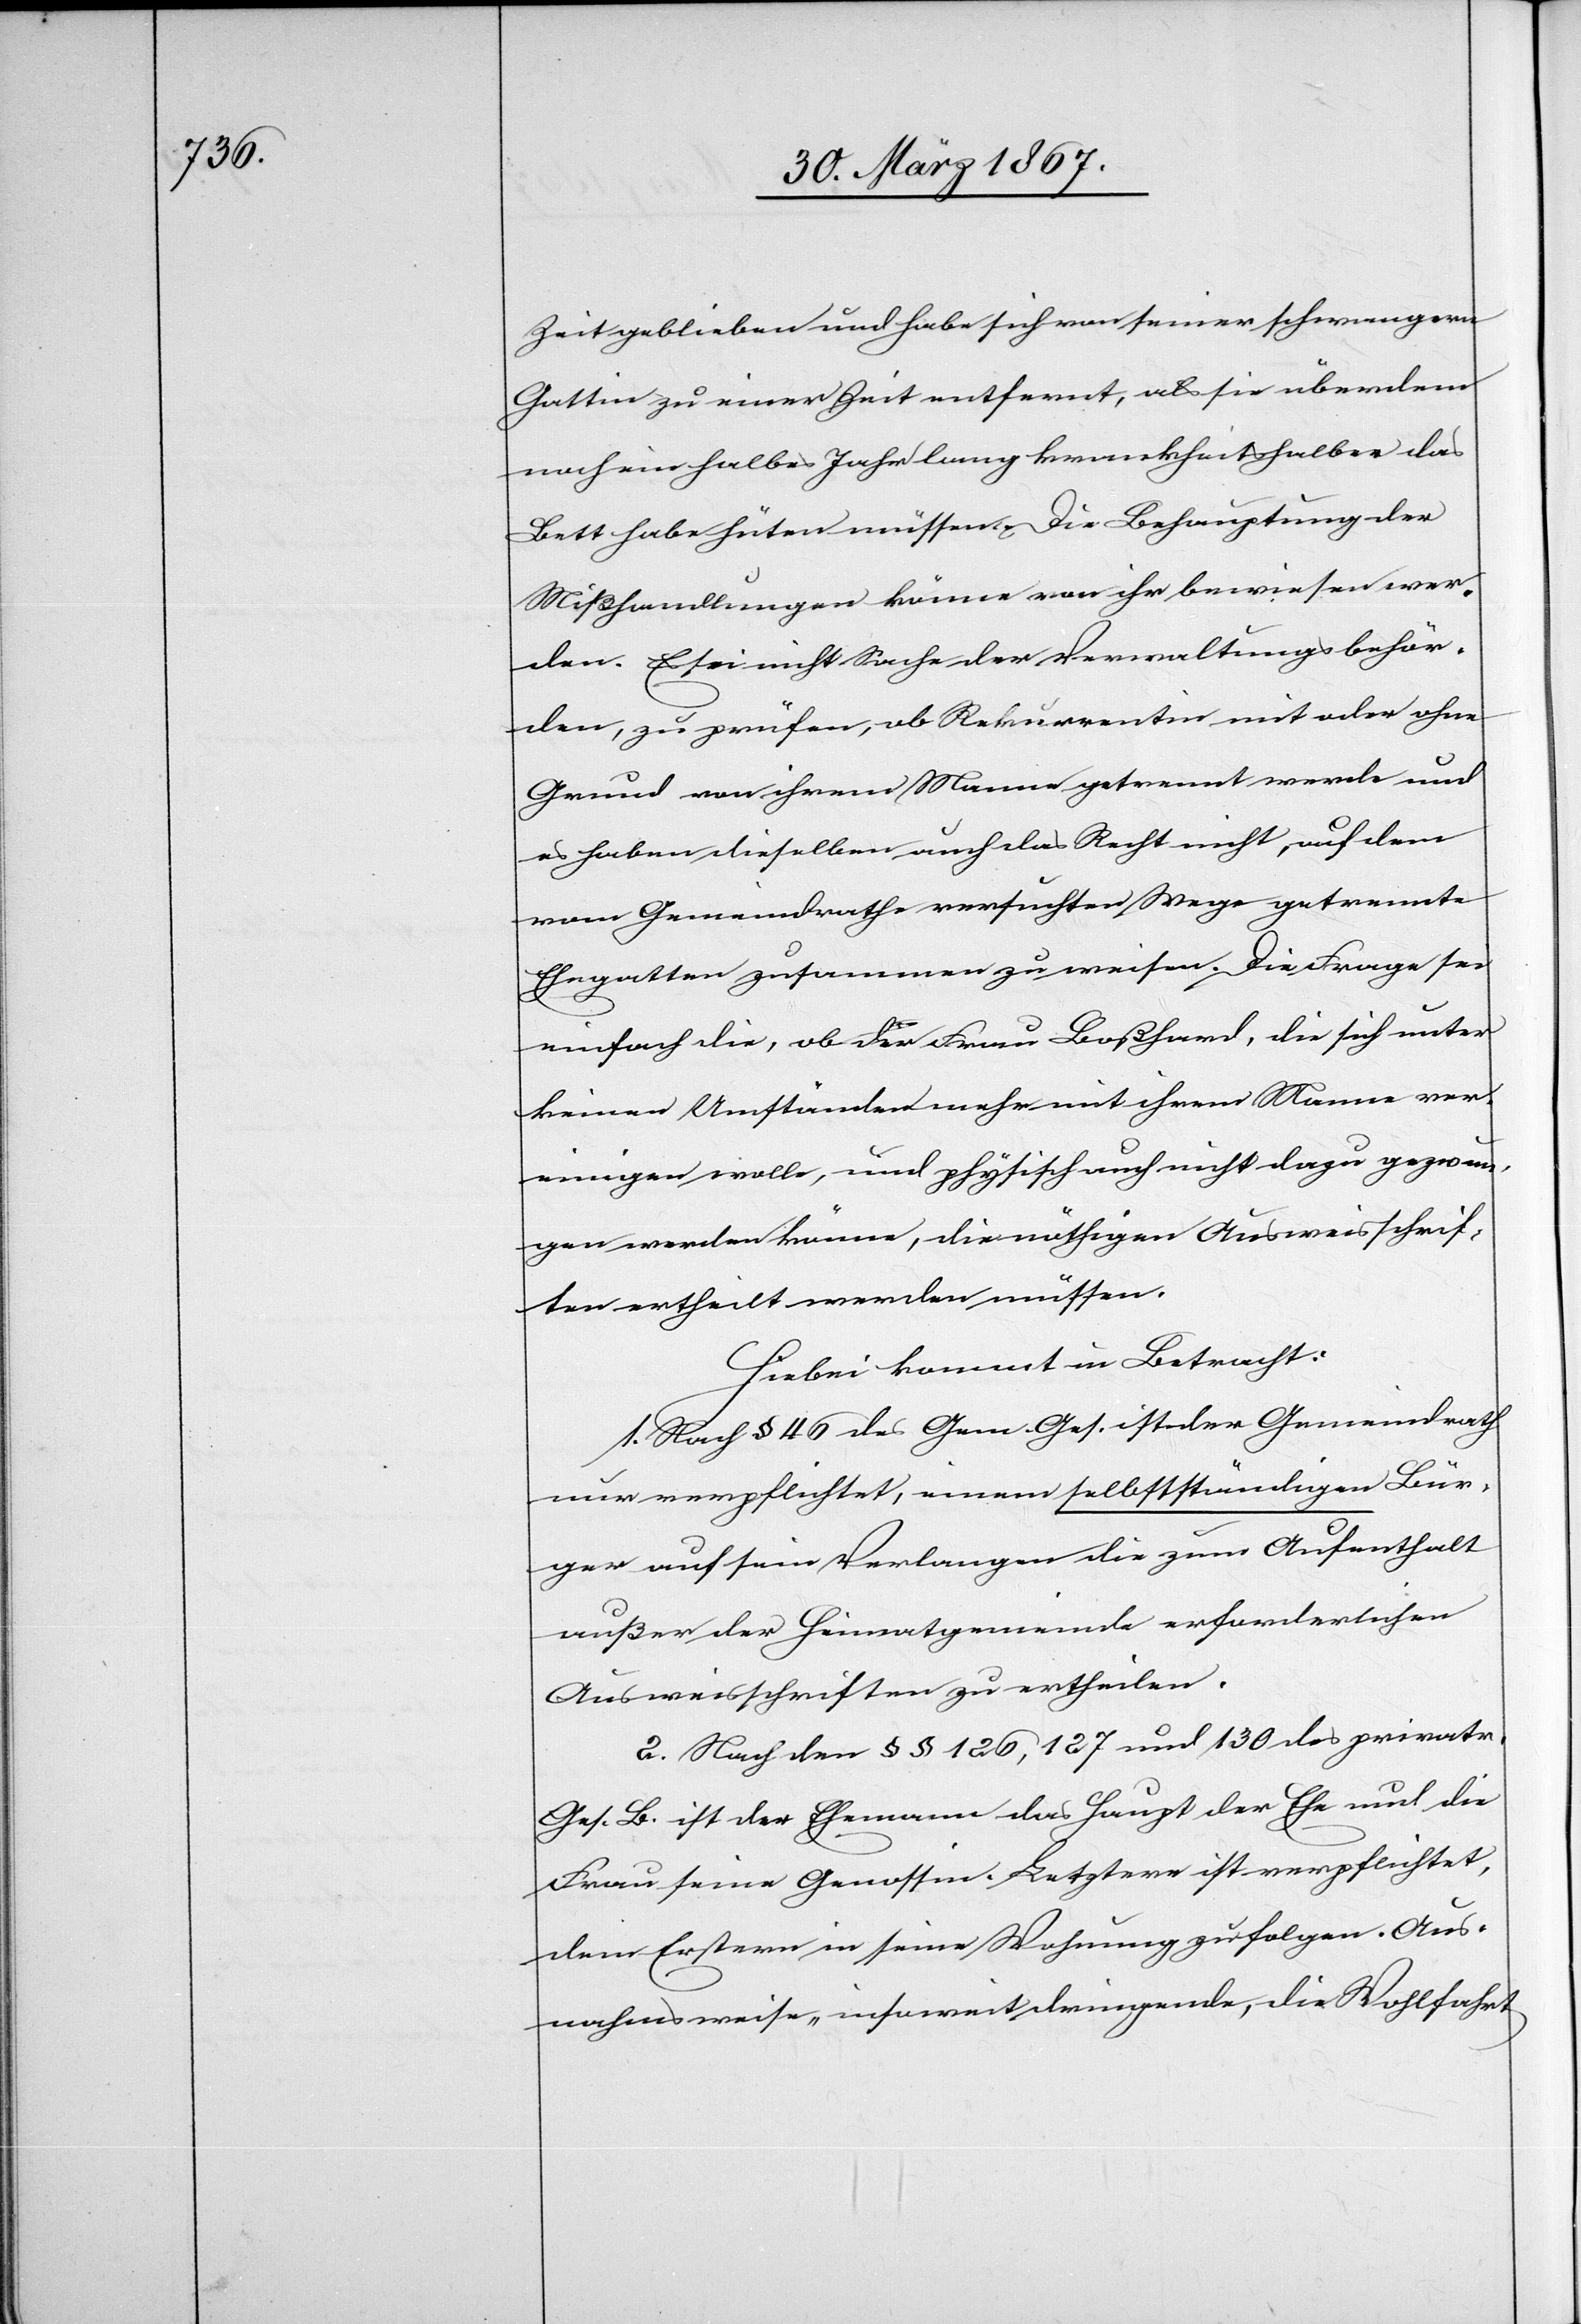
Zeit geblieben und habe sich von seiner schwangern
Gattin zu einer Zeit entfernt, als sie überdem
noch ein halbes Jahr lang krankheitshalber das
Bett habe hüten müssen. Die Behauptung der
Mißhandlungen könne von ihr bewiesen wer¬
den. Es sei nicht Sache der Verwaltungsbehör¬
den, zu prüfen, ob Rekurrentin mit oder ohne
Grund von ihrem Manne getrennt werde und
es haben dieselben auch das Recht nicht, auf dem
vom Gemeindrathe versuchten Wege getrennte
Ehegatten zusammen zu weisen. Die Frage sei
einfach die, ob der Frau Boßhard, die sich unter
keinen Umständen mehr mit ihrem Manne ver¬
einigen wolle, und physisch auch nicht dazu gezwun¬
gen werden könne, die nöthigen Ausweisschrif¬
ten ertheilt werden müssen.
Hiebei kommt in Betracht:
1. Nach § 46 des Gem. Ges. ist der Gemeindrath
nur verpflichtet, einem selbstständigen Bür¬
ger auf sein Verlangen die zum Aufenthalt
außer der Heimatgemeinde erforderlichen
Ausweisschriften zu ertheilen.
2. Nach den § § 126, 127 und 130 des privatr.
Ges. B. ist der Ehemann das Haupt der Ehe und die
Frau seine Genossin. Letztere ist verpflichtet,
dem Erstern in seine Wohnung zu folgen. Aus¬
nahmsweise, insoweit dringende, die Wohlfahrt